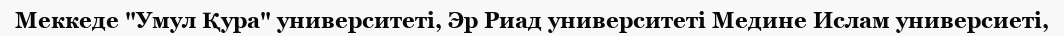
Меккеде "Умул Қура" университеті, Эр Риад университеті Медине Ислам универсиеті,